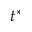
t ^ { * }